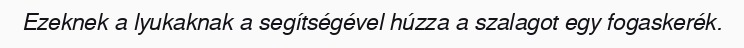
Ezeknek a lyukaknak a segítségével húzza a szalagot egy fogaskerék.